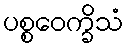
ပစ္စဝေက္ခိသံ